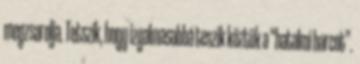
megzsarolja. Tetszik, hogy izgalmasabbá teszik köztük a “hatalmi harcot”.